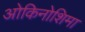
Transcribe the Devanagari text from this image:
ओकिनोशिमा